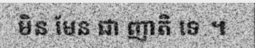
មិន មែន ជា ញាតិ ទេ ។